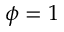
\phi = 1